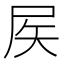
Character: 𡱁